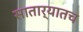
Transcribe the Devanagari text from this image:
सातार्‍यातच